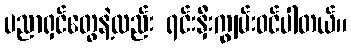
ပညာရှင်တွေနဲ့လည်း ရင်းနှီးကျွမ်းဝင်ပါတယ်။